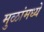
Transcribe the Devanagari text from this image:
मुळांमध्ये